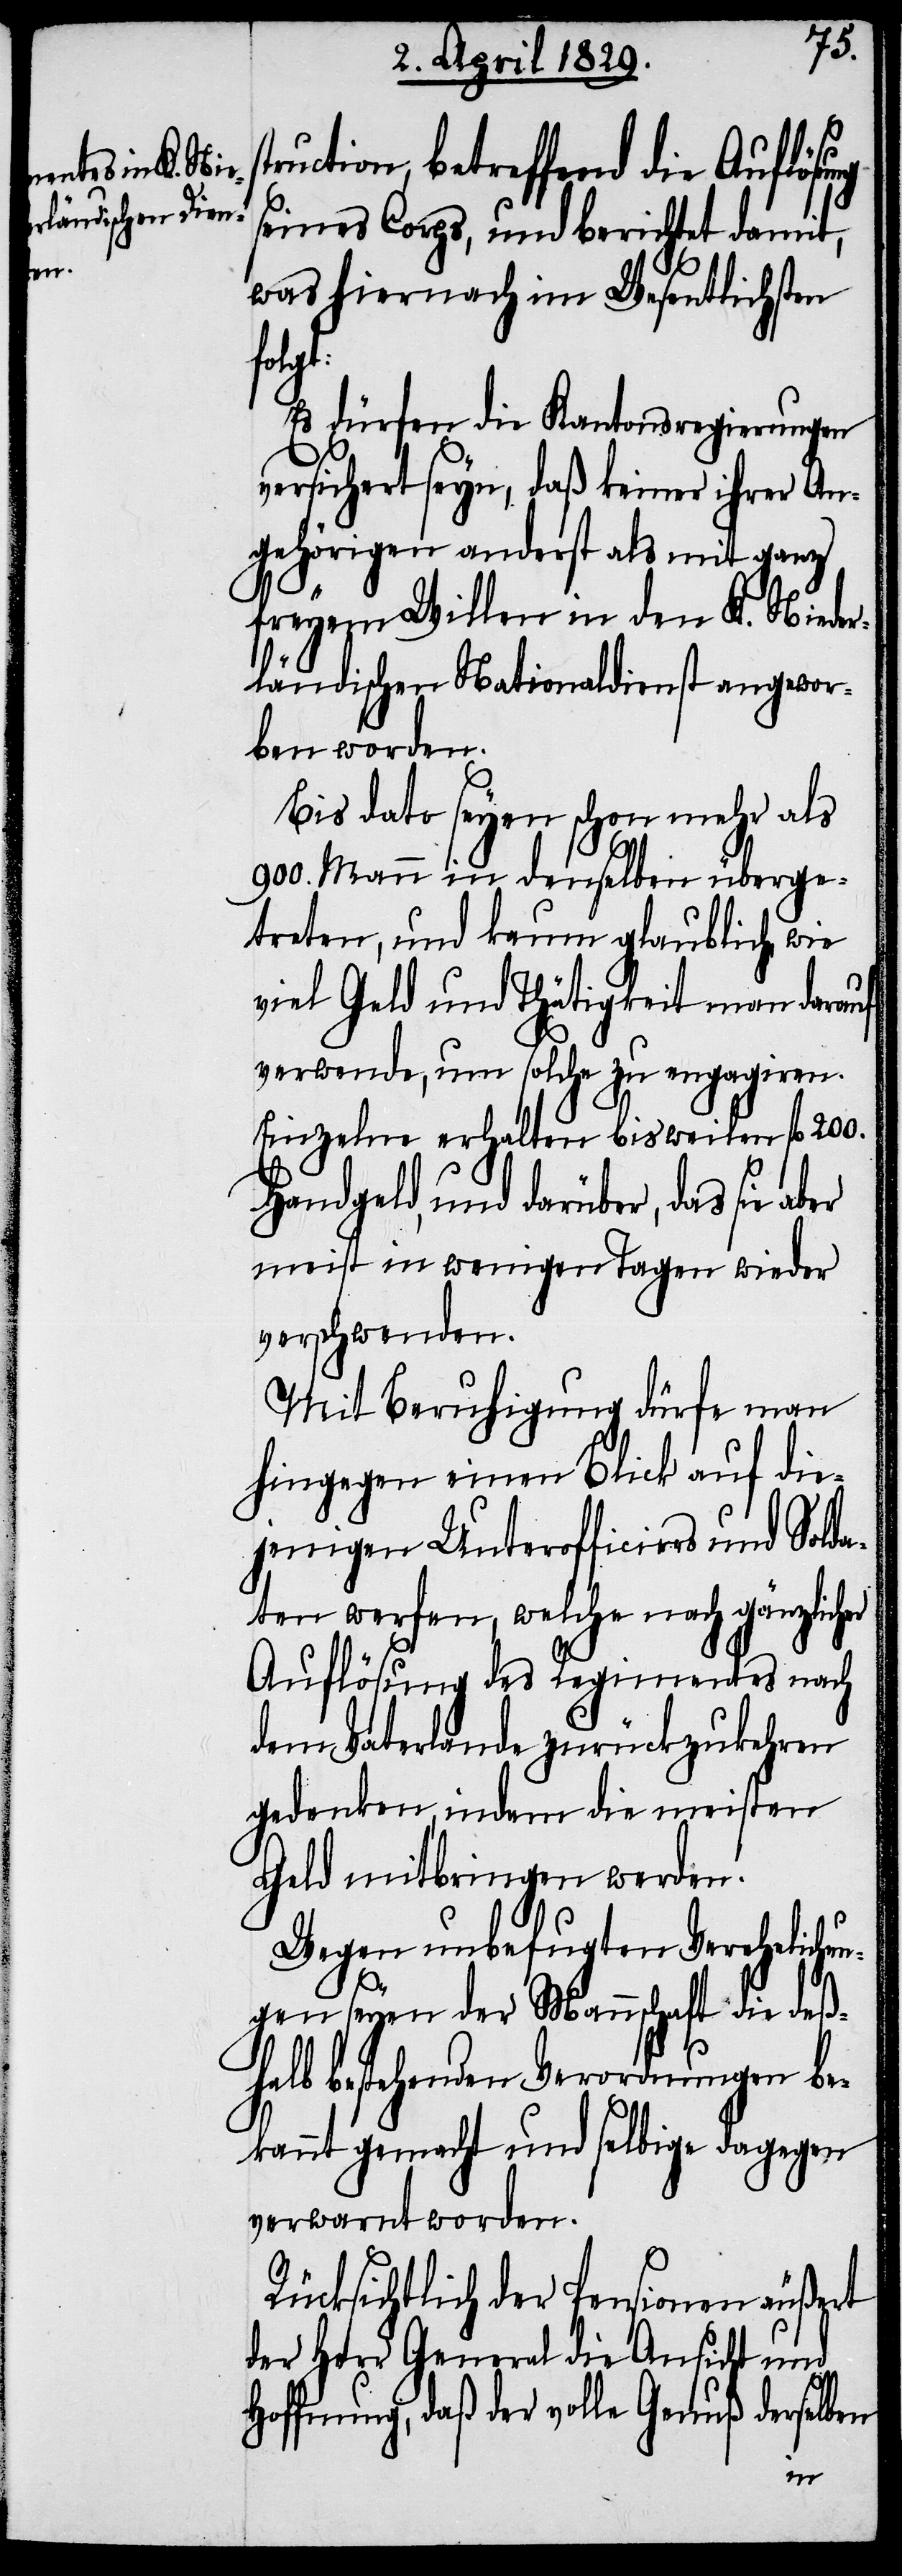
ruction, betreffend die Auflösu¬
seines Corps, und berichtet damit,
was hiernach im Wesentlichen
t:
Es dürfen die Kantonsregierungen
versichert seyn, daß keiner ihrer An¬
gehörigen anderst als mit ganz
freyem Willen in den K. Nieder¬
ländischen Nationaldienst angewor¬
ben worden.
Bis dato seyen schon mehr als
900. Mann in denselben überge¬
treten, und kaum glaublich wie
viel Geld und Thätigkeit man darauf
verwende, um solche zu engagiren.
Einzelne erhalten bisweilen fl. 200.
Handgeld, und darüber das sie aber
meist in wenigen Tagen wieder
verschwenden.
Mit Beruhigung dürfe man
hingegen einen Blick auf die¬
jenigen Unterofficiers und Solda¬
ten werfen, welche nach gänzlicher
Auflösung des Regimentes nach
dem Vaterlande zurückzukehren
gedenken, indem die meisten
Geld mitbringen werden.
Wegen unbefugten Verehelichun¬
gen seyen der Mannschaft die deß¬
halb bestehenden Verordnungen be¬
kannt gemacht und selbige dagegen
verwarnt worden.
Rücksichtlich der Pensionen äußert
der Herr General die Ansicht und
Hoffnung, daß der volle Genuß derselben
ng